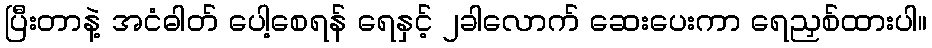
ပြီးတာနဲ့ အငံဓါတ် ပေါ့စေရန် ရေနှင့် ၂ခါလောက် ဆေးပေးကာ ရေညှစ်ထားပါ။